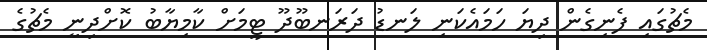
މެޗުގައި ފެނިގެން ދިޔަ ހަމައެކަނި ލަނޑު ދަރަނބޫދޫ ޓީމަށް ކާމިޔާބު ކޮށްދިނީ މެޗުގެ